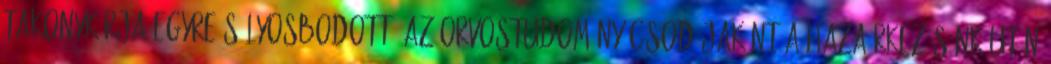
takonykórja egyre súlyosbodott. Az orvostudomány csodájaként a hazaérkezésünk után